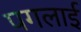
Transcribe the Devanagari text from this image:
पगलाई